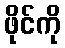
ဖိုင်ကို